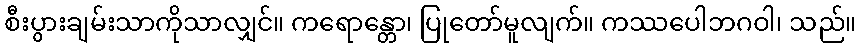
စီးပွားချမ်းသာကိုသာလျှင်။ ကရောန္တော၊ ပြုတော်မူလျက်။ ကဿပေါဘဂဝါ၊ သည်။